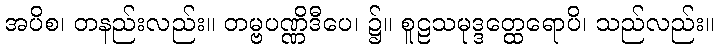
အပိစ၊ တနည်းလည်း။ တမ္ဗပဏ္ဏိဒီပေ၊ ၌။ စူဠသမုဒ္ဒတ္ထေရောပိ၊ သည်လည်း။